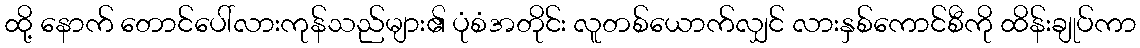
ထို့ နောက် တောင်ပေါ်လားကုန်သည်များ၏ ပုံစံအတိုင်း လူတစ်ယောက်လျှင် လားနှစ်ကောင်စီကို ထိန်းချုပ်ကာ